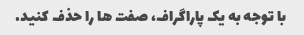
با توجه به یک پاراگراف، صفت ها را حذف کنید.